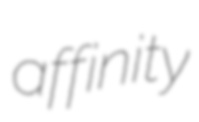
affinity